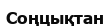
Соңцықтан